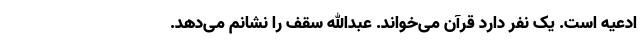
ادعیه است. یک نفر دارد قرآن می‌خواند. عبدالله سقف را نشانم می‌دهد.